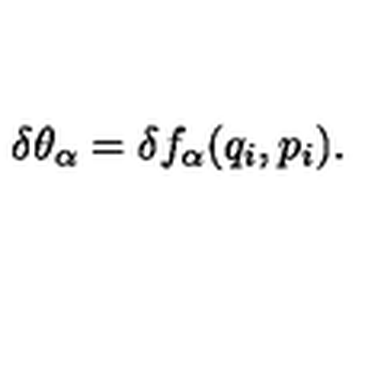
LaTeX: \delta \theta _ { \alpha } = \delta f _ { \alpha } ( q _ { i } , p _ { i } ) .